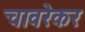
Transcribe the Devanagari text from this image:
चावरेकर